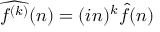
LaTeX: { \widehat { f ^ { ( k ) } } } ( n ) = ( i n ) ^ { k } { \widehat { f } } ( n )